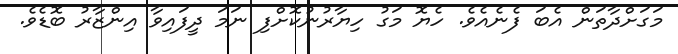
މަގަށްދާތަން އެބަ ފެނެއެވެ. ހެޔޮ މަގު ހިޔާރުނުކޮށްފި ނަމަ ދީފައިވާ އިންޒާރު ބޮޑެވެ.